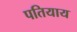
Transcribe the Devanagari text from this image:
पतियाय